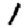
Digit: 1